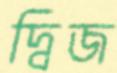
দ্বিজ